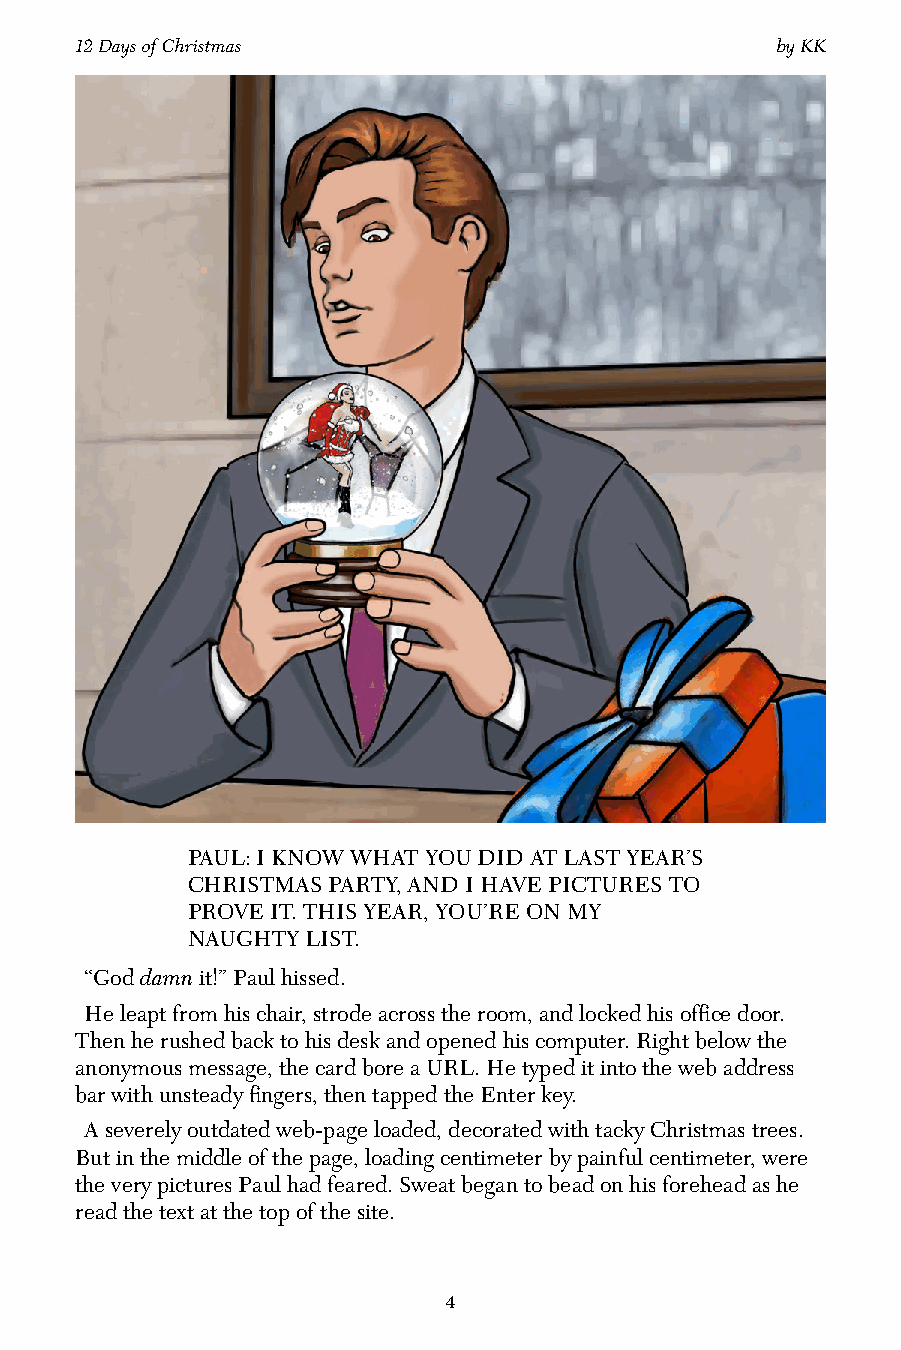
12 Days of Christmas                          by KK
 PAUL: I KNOW WHAT YOU DID AT LAST YEAR’S
 CHRISTMAS PARTY, AND I HAVE PICTURES TO
 PROVE IT. THIS YEAR, YOU’RE ON MY
 NAUGHTY LIST.
 “God damn it!” Paul hissed.
 He leapt from his chair, strode across the room, and locked his office door.
 Then he rushed back to his desk and opened his computer. Right below the
 anonymous message, the card bore a URL. He typed it into the web address
 bar with unsteady fingers, then tapped the Enter key.
 A severely outdated web-page loaded, decorated with tacky Christmas trees.
 But in the middle of the page, loading centimeter by painful centimeter, were
 the very pictures Paul had feared. Sweat began to bead on his forehead as he
 read the text at the top of the site.
 4